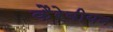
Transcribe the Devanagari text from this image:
कैरेबीयन